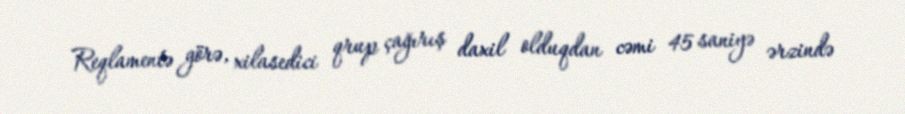
Reqlamentə görə, xilasedici qrup çağırış daxil olduqdan cəmi 45 saniyə ərzində